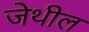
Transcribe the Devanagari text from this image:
जेथील